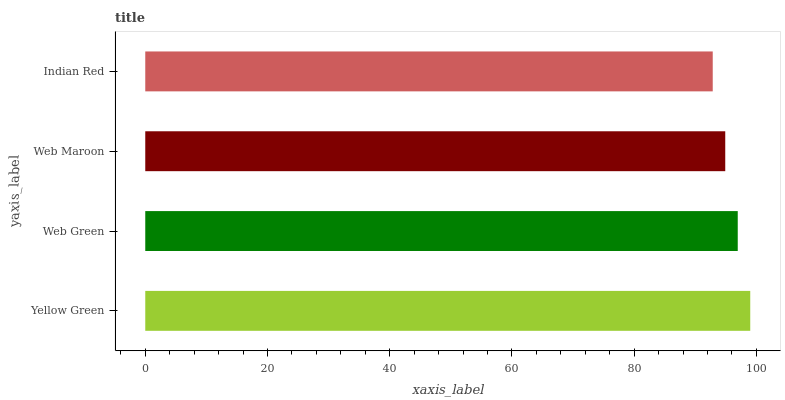
| yaxis_label | bars |
 | --- | --- |
 | Yellow Green | 99 |
 | Web Green | 97 |
 | Web Maroon | 94.9 |
 | Indian Red | 92.9 |